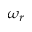
\omega _ { r }